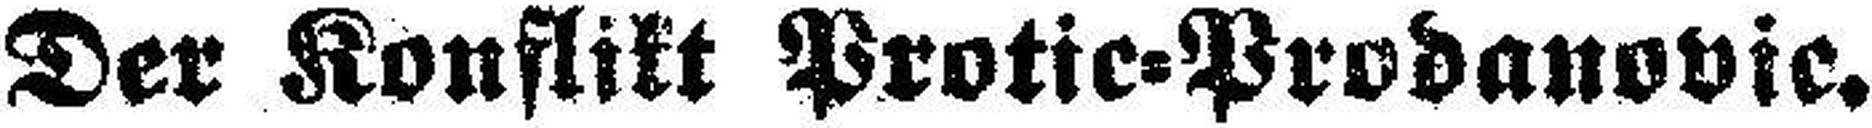
Der Konflikt Protic=Prodanovic.